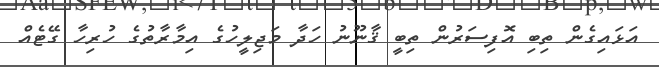
އަޅައިގެން ތިބި އޮފިސަރުން ތިބީ ޤާނޫނު ހަދާ މަޖިލީހުގެ އިމާރާތުގެ ހުރިހާ ގޭޓެއް